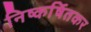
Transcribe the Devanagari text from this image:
निष्कर्षितकर